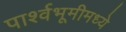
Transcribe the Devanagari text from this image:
पार्श्वभूमीमध्ये